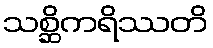
သစ္ဆိကရိဿတိ